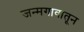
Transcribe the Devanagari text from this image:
जन्मगावातून